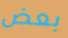
بعض